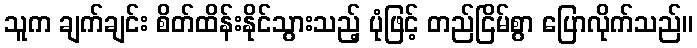
သူက ချက်ချင်း စိတ်ထိန်းနိုင်သွားသည့် ပုံဖြင့် တည်ငြိမ်စွာ ပြောလိုက်သည်။